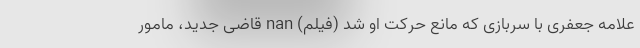
علامه جعفری با سربازی که مانع حرکت او شد (فیلم) nan قاضی جدید، مامور